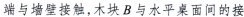
端与墙壁接触，木块B与水平桌面间的接